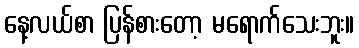
နေ့လယ်စာ ပြန်စားတော့ မရောက်သေးဘူး။